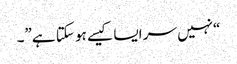
“نہیں سر ایسا کیسے ہو سکتا ہے”۔